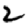
Digit: 2